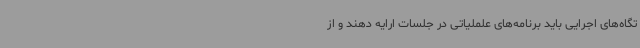
تگاه‌های اجرایی باید برنامه‌های علملیاتی در جلسات ارایه دهند و از